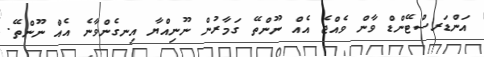
އަންޑަރސްޓޭންޑް ވާން ވެއްޖެ އެއް ނޫންތޭ ގަމާރުން ނޫނިއްޔާ އިނގެންވާނެ އެއް ނޫންތޭ.